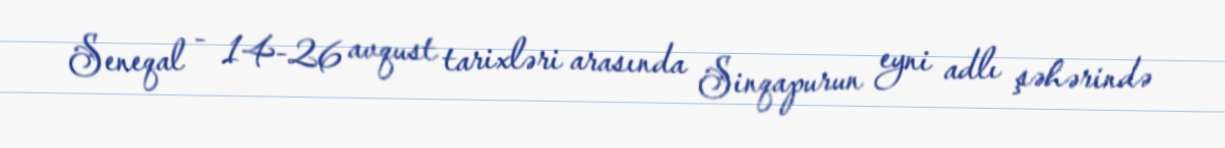
Seneqal - 14-26 avqust tarixləri arasında Sinqapurun eyni adlı şəhərində